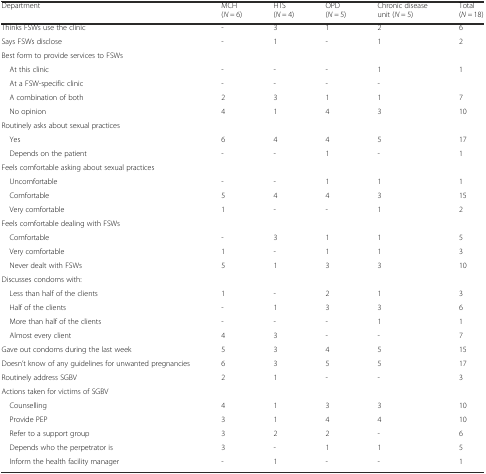
<table><thead><tr><td><b>Department</b></td><td><b>MCH(<i>N =</i> 6)</b></td><td><b>HTS(<i>N =</i> 4)</b></td><td><b>OPD(<i>N =</i> 5)</b></td><td><b>Chronic disease unit(<i>N =</i> 5)</b></td><td><b>Total(<i>N =</i> 18)</b></td></tr></thead><tbody><tr><td>Thinks FSWs use the clinic</td><td>-</td><td>3</td><td>1</td><td>2</td><td>6</td></tr><tr><td>Says FSWs disclose</td><td>-</td><td>1</td><td>-</td><td>1</td><td>2</td></tr><tr><td colspan="5">Best form to provide services to FSWs</td><td></td></tr><tr><td> At this clinic</td><td>-</td><td>-</td><td>-</td><td>1</td><td>1</td></tr><tr><td> At a FSW-specific clinic</td><td>-</td><td>-</td><td>-</td><td>-</td><td></td></tr><tr><td> A combination of both</td><td>2</td><td>3</td><td>1</td><td>1</td><td>7</td></tr><tr><td> No opinion</td><td>4</td><td>1</td><td>4</td><td>3</td><td>10</td></tr><tr><td colspan="5">Routinely asks about sexual practices</td><td></td></tr><tr><td> Yes</td><td>6</td><td>4</td><td>4</td><td>5</td><td>17</td></tr><tr><td> Depends on the patient</td><td>-</td><td>-</td><td>1</td><td>-</td><td>1</td></tr><tr><td colspan="5">Feels comfortable asking about sexual practices</td><td></td></tr><tr><td> Uncomfortable</td><td>-</td><td>-</td><td>1</td><td>1</td><td>1</td></tr><tr><td> Comfortable</td><td>5</td><td>4</td><td>4</td><td>3</td><td>15</td></tr><tr><td> Very comfortable</td><td>1</td><td>-</td><td>-</td><td>1</td><td>2</td></tr><tr><td colspan="5">Feels comfortable dealing with FSWs</td><td></td></tr><tr><td> Comfortable</td><td>-</td><td>3</td><td>1</td><td>1</td><td>5</td></tr><tr><td> Very comfortable</td><td>1</td><td>-</td><td>1</td><td>1</td><td>3</td></tr><tr><td> Never dealt with FSWs</td><td>5</td><td>1</td><td>3</td><td>3</td><td>10</td></tr><tr><td colspan="5">Discusses condoms with:</td><td></td></tr><tr><td> Less than half of the clients</td><td>1</td><td>-</td><td>2</td><td>1</td><td>3</td></tr><tr><td> Half of the clients</td><td>-</td><td>1</td><td>3</td><td>3</td><td>6</td></tr><tr><td> More than half of the clients</td><td>-</td><td>-</td><td>-</td><td>1</td><td>1</td></tr><tr><td> Almost every client</td><td>4</td><td>3</td><td>-</td><td>-</td><td>7</td></tr><tr><td>Gave out condoms during the last week</td><td>5</td><td>3</td><td>4</td><td>5</td><td>15</td></tr><tr><td>Doesn’t know of any guidelines for unwanted pregnancies</td><td>6</td><td>3</td><td>5</td><td>5</td><td>17</td></tr><tr><td>Routinely address SGBV</td><td>2</td><td>1</td><td>-</td><td>-</td><td>3</td></tr><tr><td>Actions taken for victims of SGBV</td><td></td><td></td><td></td><td></td><td></td></tr><tr><td> Counselling</td><td>4</td><td>1</td><td>3</td><td>3</td><td>10</td></tr><tr><td> Provide PEP</td><td>3</td><td>1</td><td>4</td><td>4</td><td>10</td></tr><tr><td> Refer to a support group</td><td>3</td><td>2</td><td>2</td><td>-</td><td>6</td></tr><tr><td> Depends who the perpetrator is</td><td>3</td><td>-</td><td>1</td><td>1</td><td>5</td></tr><tr><td> Inform the health facility manager</td><td>-</td><td>1</td><td>-</td><td>-</td><td>1</td></tr></tbody></table>